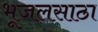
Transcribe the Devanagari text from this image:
भूजलसाठा